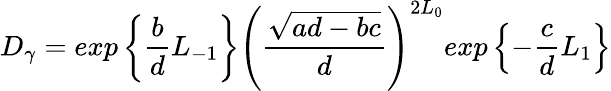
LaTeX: D_{\gamma}=exp\left\{ \frac{b}{d}L_{-1}\right\} \left(\frac{\sqrt{ad-bc}}{d}\right)^{2L_{0}}exp\left\{ -\frac{c}{d}L_{1}\right\}